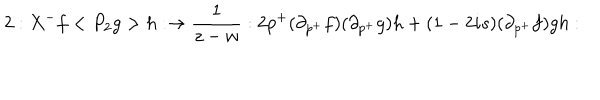
2 : X ^ { - } f < { P _ { 2 } } g > h : \rightarrow \frac 1 { z - w } : 2 p ^ { + } ( \partial _ { p ^ { + } } f ) ( \partial _ { p ^ { + } } g ) h + ( 1 - 2 i s ) ( \partial _ { p ^ { + } } f ) g h :